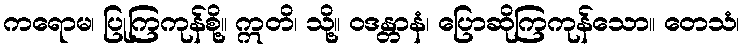
ကရောမ၊ ပြုကြကုန်စို့။ ဣတိ၊ သို့။ ဝဒန္တာနံ၊ ပြောဆိုကြကုန်သော။ တေသံ၊